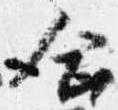
合